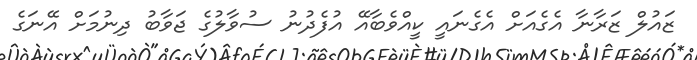
ޒައުލް ޒަރާނާ އެގެއަށް އެގެނައީ ކީއްވެބާއޭ އުފެދުނު ސުވާލުގެ ޖަވާބު ދިނުމަށް އޭނަގެ